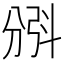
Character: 𣁺